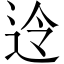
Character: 𮞊